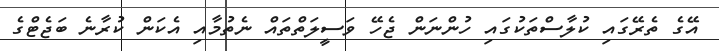
އޭގެ ތެރޭގައި ކުލާސްތަކުގައި ހުންނަން ޖެހޭ ވަސީލަތްތައް ނެތުމާއި އެކަން ކުރާނެ ބަޖެޓްގެ